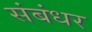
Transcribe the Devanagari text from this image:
संबंधर